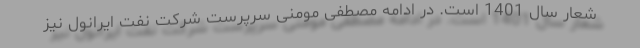
شعار سال 1401 است. در ادامه مصطفی مومنی سرپرست شرکت نفت ایرانول نیز